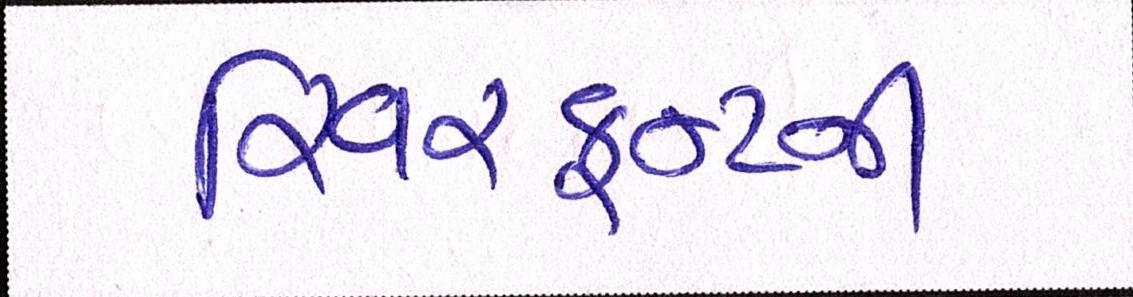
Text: રિવરફ્રન્ટની